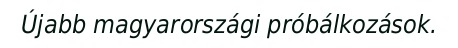
Újabb magyarországi próbálkozások.